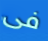
فى